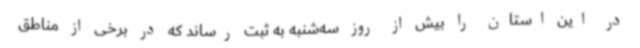
در این استان را بیش از روز سه‌شنبه به ثبت رساند که در برخی از مناطق